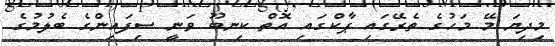
މިދިޔަ މޭ މަހުގެ ތެރޭގައި ޕާކްގައި އޮތް ކިނބޫ ވަނީ ސިފައިންގެ ބެލުމުގެ